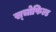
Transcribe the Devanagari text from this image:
स्चोफिल्ड